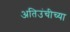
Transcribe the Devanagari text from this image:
अतिउंचीच्या